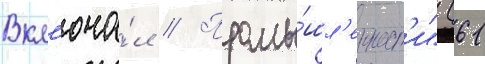
Вкл'юча́л // Промы́шл'енност'и" (61